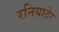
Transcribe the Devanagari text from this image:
रनियाठेर